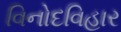
વિનોદવિહાર